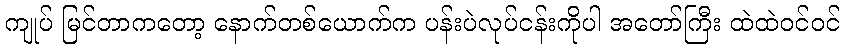
ကျုပ် မြင်တာကတော့ နောက်တစ်ယောက်က ပန်းပဲလုပ်ငန်းကိုပါ အတော်ကြီး ထဲထဲဝင်ဝင်